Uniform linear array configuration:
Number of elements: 8
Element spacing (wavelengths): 0.25
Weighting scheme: exponential
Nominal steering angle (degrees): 45
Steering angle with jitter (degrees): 45.118
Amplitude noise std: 0.05
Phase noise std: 0.05

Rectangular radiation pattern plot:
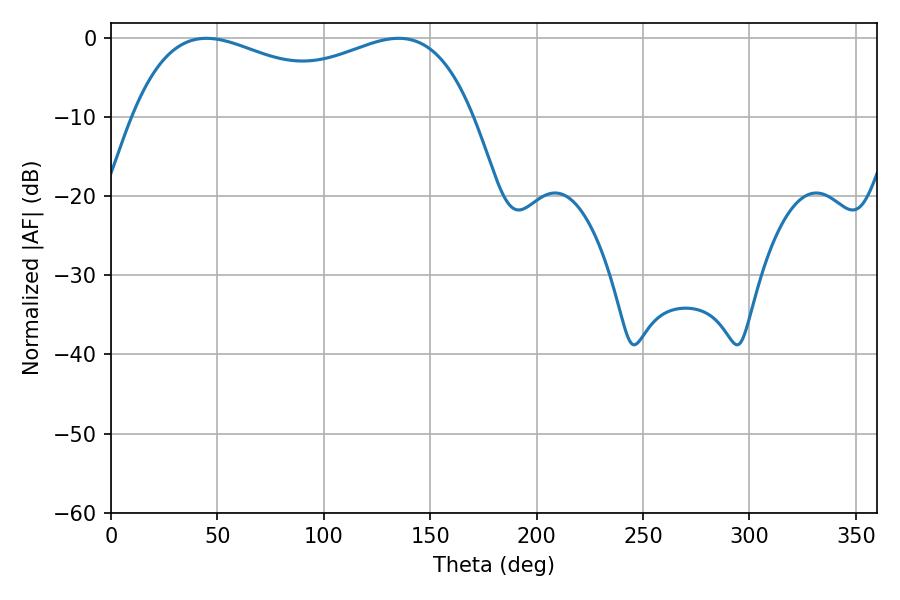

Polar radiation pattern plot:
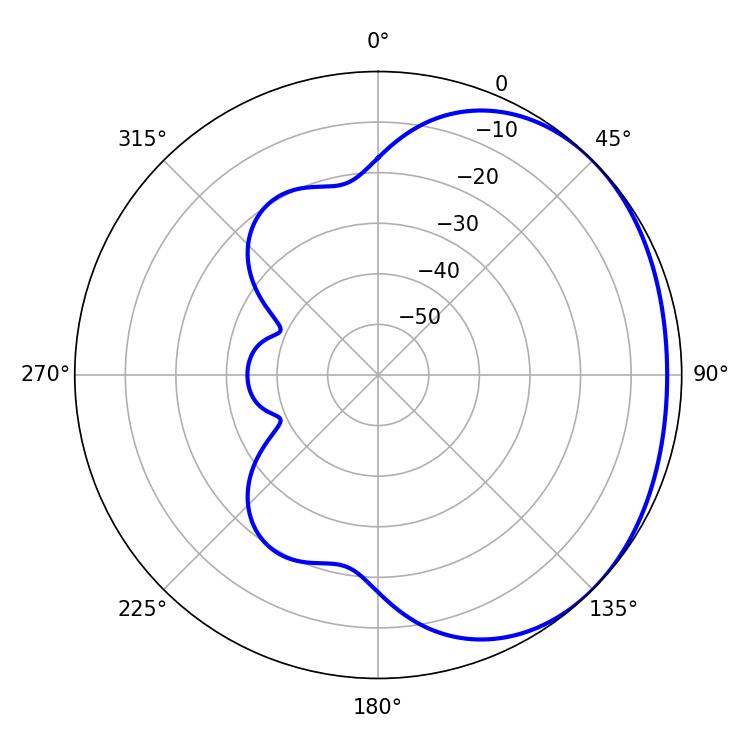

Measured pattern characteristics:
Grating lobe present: FALSE
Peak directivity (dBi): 1.564
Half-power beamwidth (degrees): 132.48
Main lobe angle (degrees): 44.82